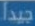
جيدا